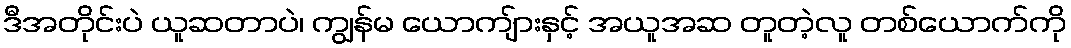
ဒီအတိုင်းပဲ ယူဆတာပဲ၊ ကျွန်မ ယောကျ်ားနှင့် အယူအဆ တူတဲ့လူ တစ်ယောက်ကို